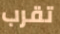
تقرب